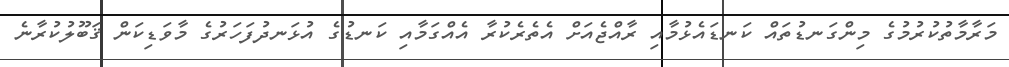
މަރާމާތުކުރުމުގެ މިންގަނޑުތައް ކަނޑައެޅުމާއި ރާއްޖެއަށް އެތެރެކުރާ އެއްގަމާއި ކަނޑުގެ އުޅަނދުފަހަރުގެ މާވަޑިކަން ޤަބޫލުކުރާނެ